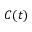
C ( t )